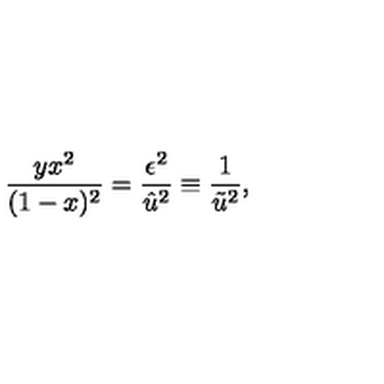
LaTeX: \frac { y x ^ { 2 } } { ( 1 - x ) ^ { 2 } } = \frac { \epsilon ^ { 2 } } { \hat { u } ^ { 2 } } \equiv \frac { 1 } { \tilde { u } ^ { 2 } } ,